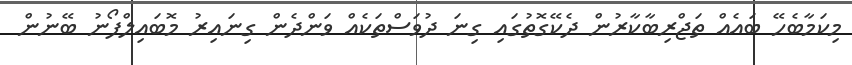
މިކަމާބެހޭ ބައެއް ތަޖްރިބާކާރުން ދެކޭގޮތުގައި ގިނަ ދުވަސްތަކެއް ވަންދެން ގިނައިރު މޮބައިލްފޯނު ބޭނުން